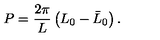
P = \displaystyle \frac { 2 \pi } { L } \left( L _ { 0 } - \bar { L } _ { 0 } \right) .